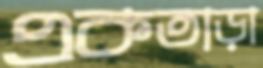
একতাড়া